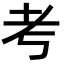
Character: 考